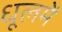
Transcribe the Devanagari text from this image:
धूलमें